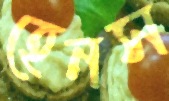
হেনস